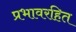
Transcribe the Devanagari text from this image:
प्रभावरहित